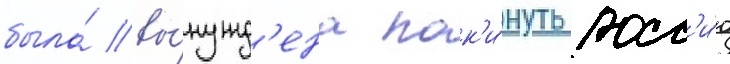
была́ вы́нужд'ена пок'и́нуть росс'и́ю